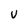
Character: v